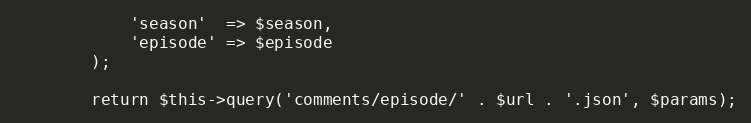
Language: PHP
            'season'  => $season,
            'episode' => $episode
        );

        return $this->query('comments/episode/' . $url . '.json', $params);